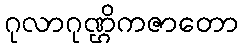
ဂုလာဂုဏ္ဌိကဇာတော